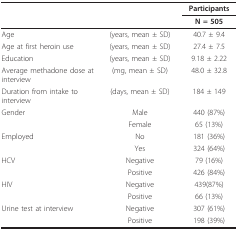
<table><thead><tr><td></td><td></td><td><b>Participants</b></td></tr><tr><td></td><td></td><td><b>N = 505</b></td></tr></thead><tbody><tr><td>Age</td><td>(years, mean ± SD)</td><td>40.7 ± 9.4</td></tr><tr><td>Age at first heroin use</td><td>(years, mean ± SD)</td><td>27.4 ± 7.5</td></tr><tr><td>Education</td><td>(years, mean ± SD)</td><td>9.18 ± 2.22</td></tr><tr><td>Average methadone dose at interview</td><td>(mg, mean ± SD)</td><td>48.0 ± 32.8</td></tr><tr><td>Duration from intake to interview</td><td>(days, mean ± SD)</td><td>184 ± 149</td></tr><tr><td>Gender</td><td>Male</td><td>440 (87%)</td></tr><tr><td></td><td>Female</td><td>65 (13%)</td></tr><tr><td>Employed</td><td>No</td><td>181 (36%)</td></tr><tr><td></td><td>Yes</td><td>324 (64%)</td></tr><tr><td>HCV</td><td>Negative</td><td>79 (16%)</td></tr><tr><td></td><td>Positive</td><td>426 (84%)</td></tr><tr><td>HIV</td><td>Negative</td><td>439(87%)</td></tr><tr><td></td><td>Positive</td><td>66 (13%)</td></tr><tr><td>Urine test at interview</td><td>Negative</td><td>307 (61%)</td></tr><tr><td></td><td>Positive</td><td>198 (39%)</td></tr></tbody></table>